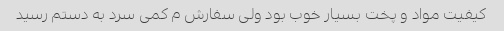
کیفیت مواد و پخت بسیار خوب بود ولی سفارش م کمی سرد به دستم رسید